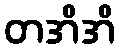
တအိအိ